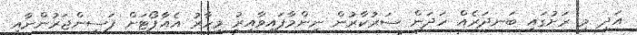
އަދި މި ރަށުގައި ބަނދަރެއް ހަދަން ސަރުކާރުން ނިންމާފައިވާއިރު މިހާރު އެއާޕޯޓަށް ފަސިންޖަރުންނާއި